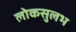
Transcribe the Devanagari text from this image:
लोकसुलभ